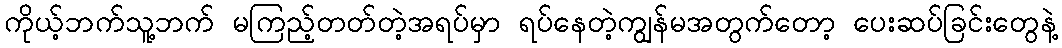
ကိုယ့်ဘက်သူ့ဘက် မကြည့်တတ်တဲ့အရပ်မှာ ရပ်နေတဲ့ကျွန်မအတွက်တော့ ပေးဆပ်ခြင်းတွေနဲ့